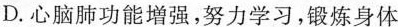
D.心脑肺功能增强，努力学习，锻炼身体